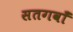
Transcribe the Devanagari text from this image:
सतगवाँ